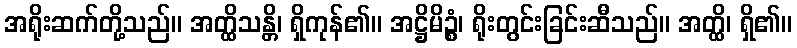
အရိုးဆက်တို့သည်။ အတ္ထိသန္တိ၊ ရှိကုန်၏။ အဋ္ဌိမိဉ္စံ၊ ရိုးတွင်းခြင်းဆီသည်။ အတ္ထိ၊ ရှိ၏။